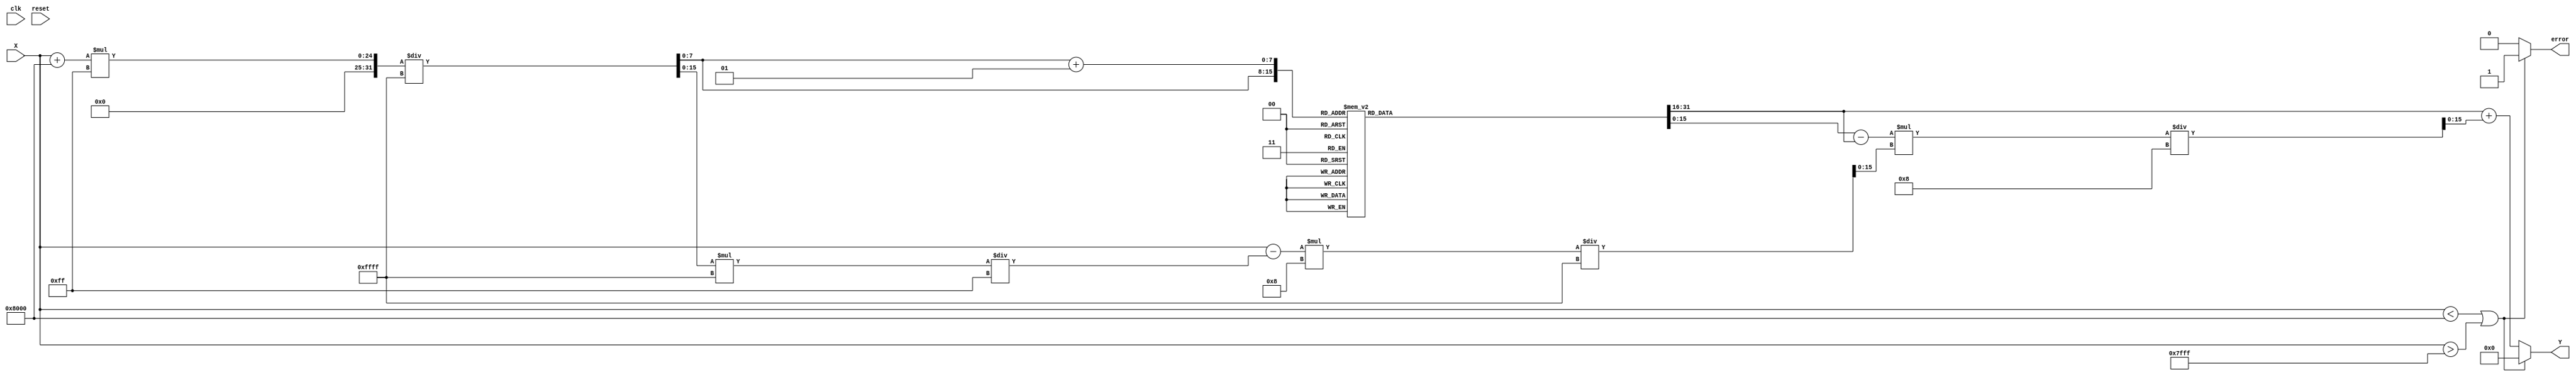
module asin_block (
    input wire clk,                  // Clock signal
    input wire reset,                // Reset signal
    input wire signed [15:0] X,      // Input signal in fixed-point format [-1, 1]
    output reg signed [15:0] Y,       // Output signal in fixed-point format (radians)
    output reg error                 // Error signal for invalid inputs
);

// Parameters
parameter LUT_SIZE = 256;          // Size of the LUT
parameter LUT_WIDTH = 16;          // Width of LUT entries
parameter INTERPOLATION_FACTOR = 8; // Number of bits for interpolation

// Lookup Table (LUT) for asin values
reg signed [LUT_WIDTH-1:0] lut [0:LUT_SIZE-1];

// Initialize LUT with precomputed asin values (in radians)
initial begin
    // Populate the LUT with precomputed values of asin
    // The values should be filled here based on the required precision
    // For example, lut[0] = -3.14159/2, lut[128] = 0, lut[255] = 3.14159/2, etc.
    // This is a placeholder for actual values.
    // Example:
    lut[0] = -16'h8000; // -pi/2
    lut[128] = 0;      // 0
    lut[255] = 16'h7FFF; // pi/2
    // Fill the rest of the LUT as needed...
end

// Internal signals
reg signed [15:0] lut_index;      // LUT index
reg signed [15:0] lut_value1;      // Lower LUT value
reg signed [15:0] lut_value2;      // Upper LUT value
reg signed [15:0] delta_x;         // Difference between input and lower LUT index
reg signed [15:0] delta_y;         // Difference between LUT values
reg signed [15:0] interpolated_value; // Final interpolated value

// Combinational logic to compute output
always @(*) begin
    // Default output and error signal
    Y = 0;
    error = 0;

    // Check input range
    if (X < -16'h8000 || X > 16'h7FFF) begin
        error = 1; // Set error if input is out of range
        Y = 0; // Return a predefined output (could be NaN or any error code)
    end else begin
        // Map input X to LUT index
        lut_index = (X + 16'h8000) * (LUT_SIZE - 1) / 16'hFFFF; // Scale input to LUT index range

        // Get lower and upper LUT values
        lut_value1 = lut[lut_index];
        lut_value2 = lut[lut_index + 1];

        // Calculate delta_x for interpolation
        delta_x = (X - (lut_index * 16'hFFFF / (LUT_SIZE - 1))) * INTERPOLATION_FACTOR / 16'hFFFF;

        // Calculate delta_y for interpolation
        delta_y = lut_value2 - lut_value1;

        // Perform linear interpolation
        interpolated_value = lut_value1 + (delta_y * delta_x) / INTERPOLATION_FACTOR;

        // Assign final output
        Y = interpolated_value;
    end
end

endmodule